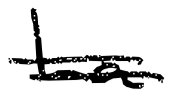
Text: La
Cross-out: double-line
Writing tool: digital_black